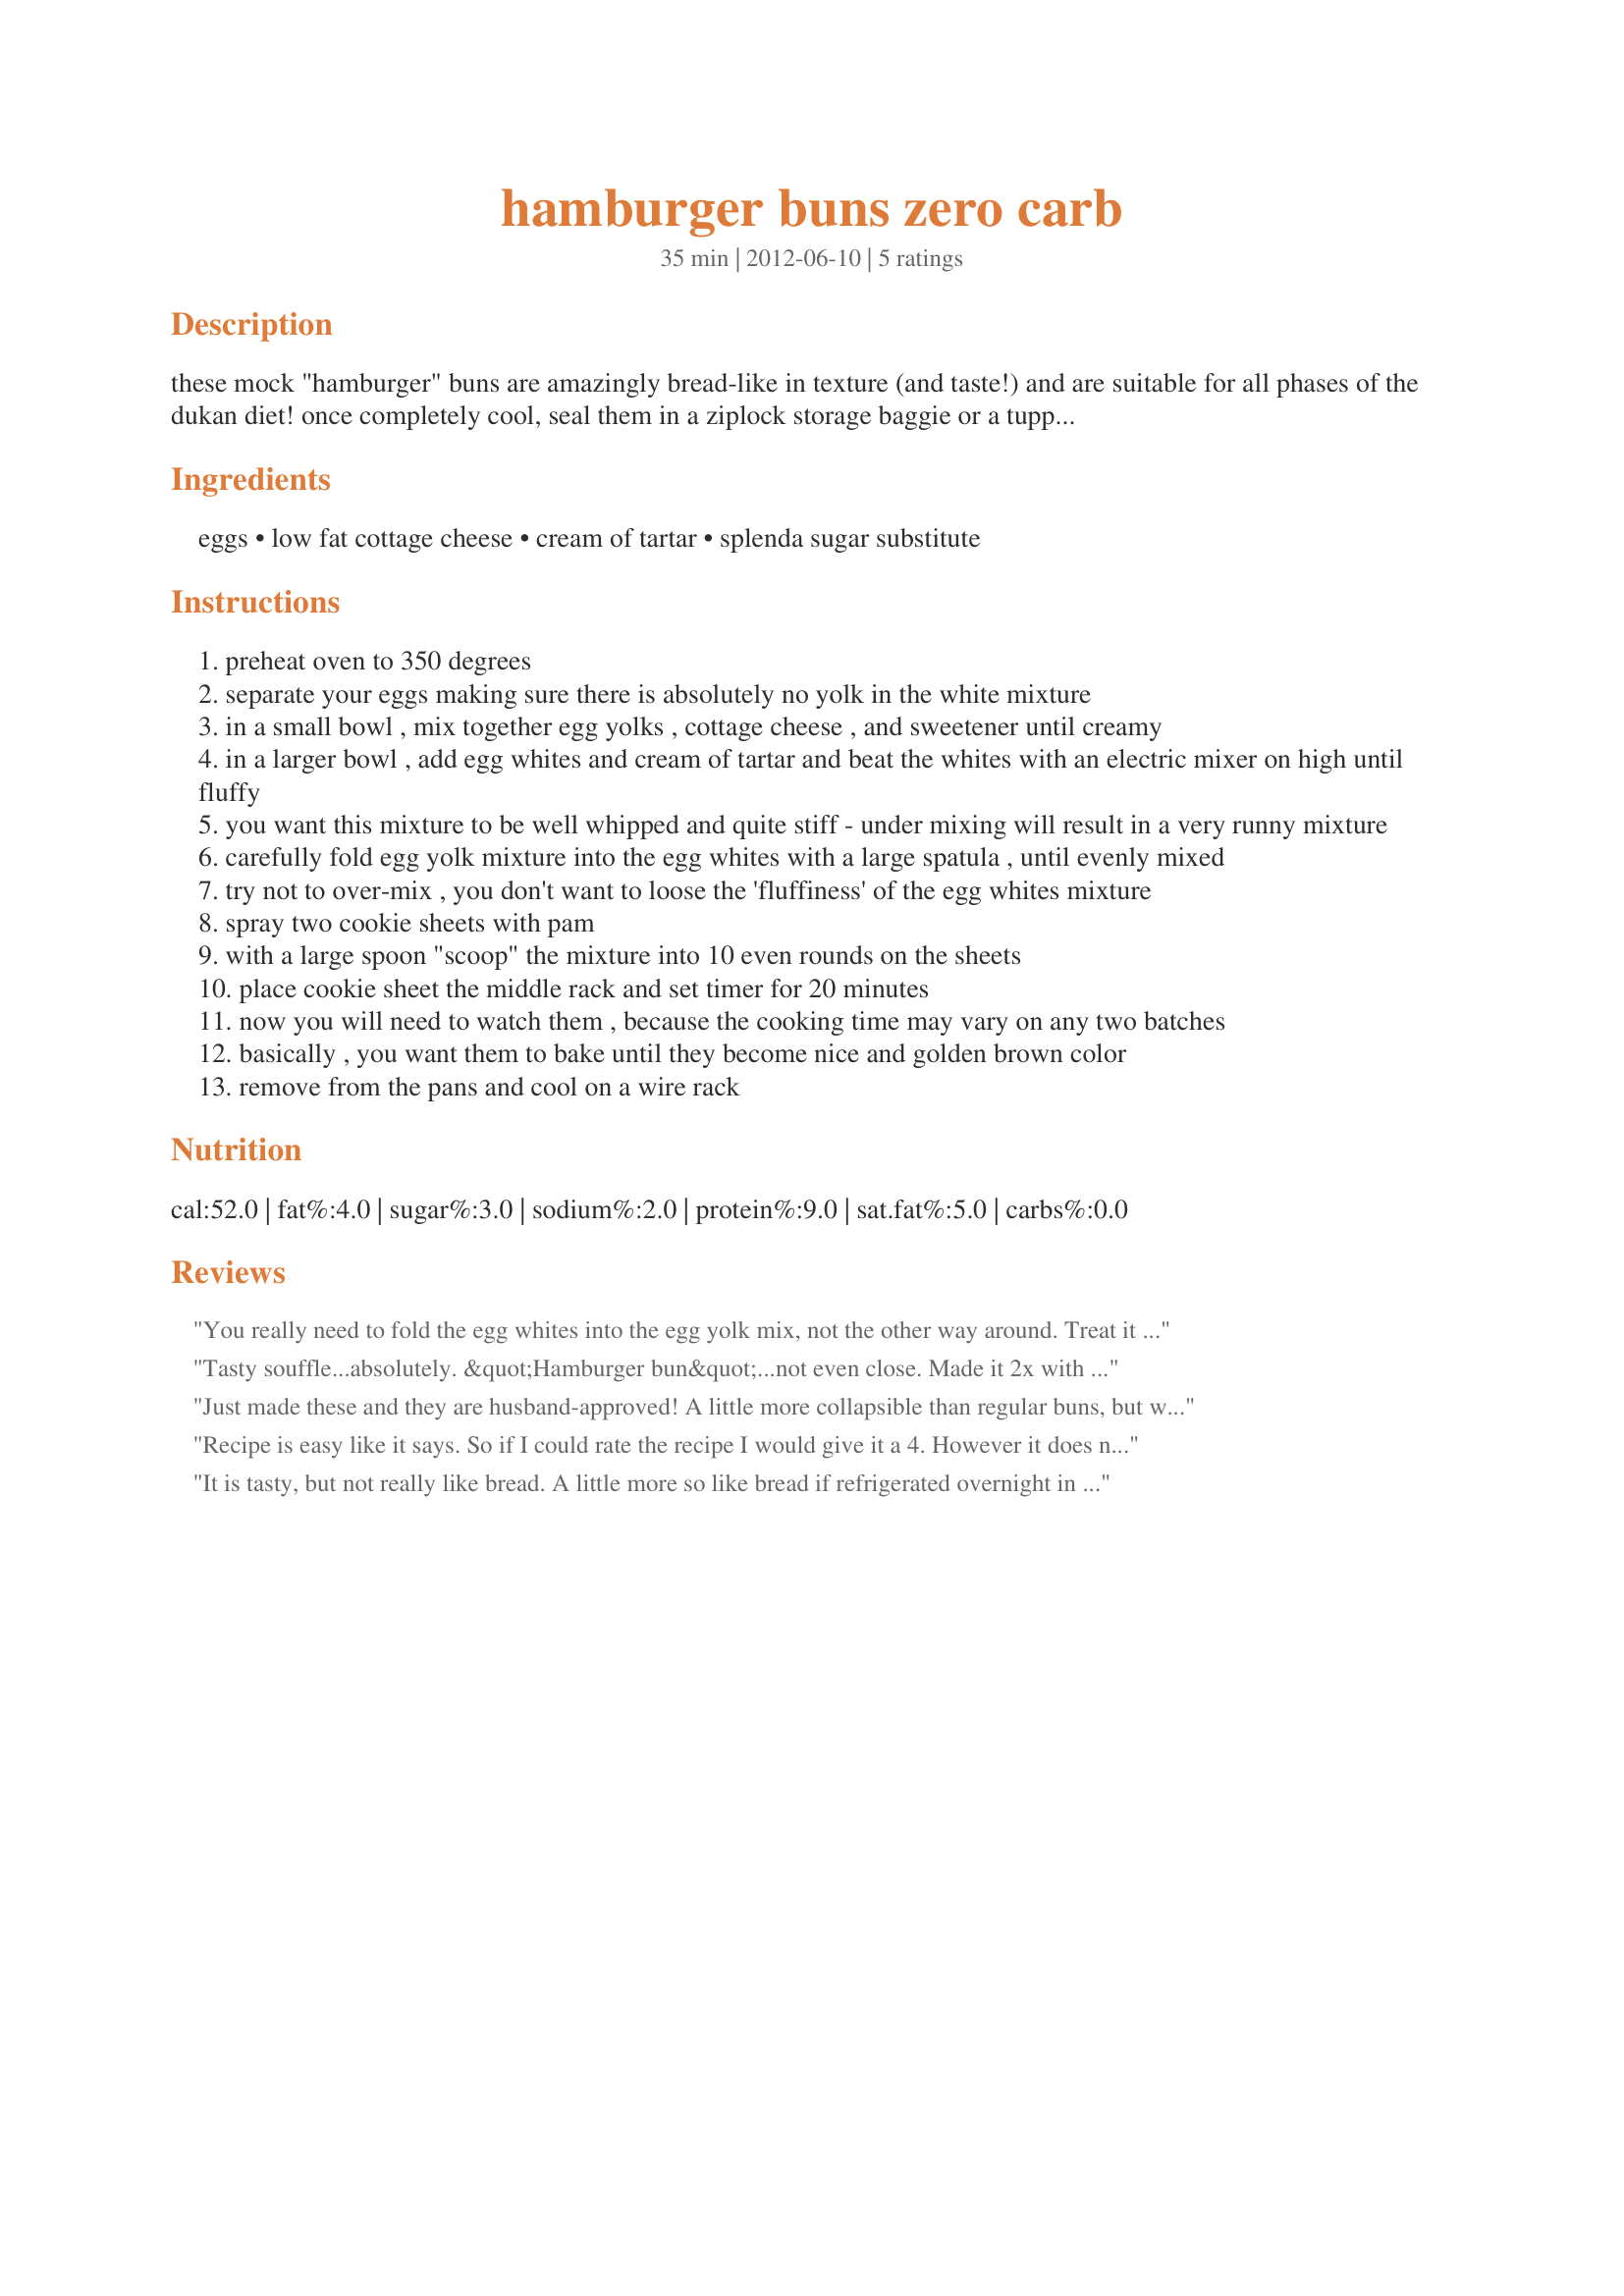
hamburger buns zero carb
Preparation time: 35 minutes

these mock "hamburger" buns are amazingly bread-like in texture (and taste!) and are suitable for all phases of the dukan diet! once completely cool, seal them in a ziplock storage baggie or a tupperware over night. they will totally change their consistency, to something much more like bread - a softer texture that is nice and chewy. while warm they are crumbly and similar to cooked meringue - but don't let this fool you! since the sides that were facing the pan are perfectly flat, you use these to spread things on, or make sandwiches, or even as a burger bun! my favorite is spreading cream cheese on both sides (like a sandwich) and stuffing with a freshly poached egg...delish!

Ingredients:
eggs, low fat cottage cheese, cream of tartar, splenda sugar substitute

Steps:
preheat oven to 350 degrees
separate your eggs making sure there is absolutely no yolk in the white mixture
in a small bowl , mix together egg yolks , cottage cheese , and sweetener until creamy
in a larger bowl , add egg whites and cream of tartar and beat the whites with an electric mixer on high until fluffy
you want this mixture to be well whipped and quite stiff - under mixing will result in a very runny mixture
carefully fold egg yolk mixture into the egg whites with a large spatula , until evenly mixed
try not to over-mix , you don't want to loose the 'fluffiness' of the egg whites mixture
spray two cookie sheets with pam
with a large spoon "scoop" the mixture into 10 even rounds on the sheets
place cookie sheet the middle rack and set timer for 20 minutes
now you will need to watch them , because the cooking time may vary on any two batches
basically , you want them to bake until they become nice and golden brown color
remove from the pans and cool on a wire rack

Reviews:
You really need to fold the egg whites into the egg yolk mix, not the other way around. Treat it like a cake batter and it will stay much firmer.
Tasty souffle...absolutely. &quot;Hamburger bun&quot;...not even close. Made it 2x with same result.
Just made these and they are husband-approved! A little more collapsible than regular buns, but we didn&#039;t let them settle in the fridge overnight, which I&#039;ve heard helps with that. Other than that, tastes just like hamburger buns!
Recipe is easy like it says. So if I could rate the recipe I would give it a 4. However it does not make 5 it makes like 5 flat hamburger slices size. Or maybe a lot of sliders. It is not at all like the picture. It does taste ok. Definitely make ahead to see of your going to like it.
It is tasty, but not really like bread. A little more so like bread if refrigerated overnight in a ziploc bag. Try as I might, though, I can&#039;t get it to look like the posted photo. It&#039;s kinda flat and a bit lumpy looking. Nothing at all like the pic or a bun. Always turns out the same. I enhanced it a bit by adding a dash of chicken bouillon. Yum.
